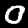
Digit: 0